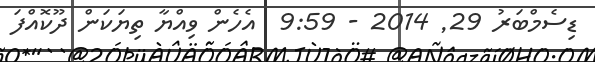
ޑިސެމްބަރު 29